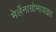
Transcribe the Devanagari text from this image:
मेलँनाग्रोमायझा